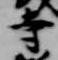
寺